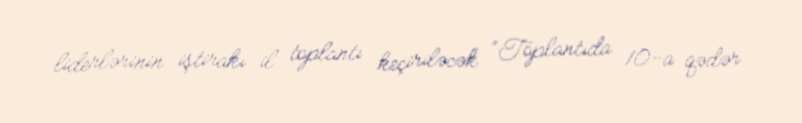
liderlərinin iştirakı il toplantı keçiriləcək: “Toplantıda 10-a qədər